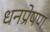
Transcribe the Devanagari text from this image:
धनप्रेषण